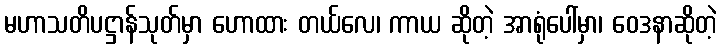
မဟာသတိပဋ္ဌာန်သုတ်မှာ ဟောထား တယ်လေ၊ ကာယ ဆိုတဲ့ အာရုံပေါ်မှာ၊ ဝေဒနာဆိုတဲ့